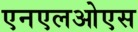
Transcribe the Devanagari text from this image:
एनएलओएस